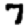
Digit: 7